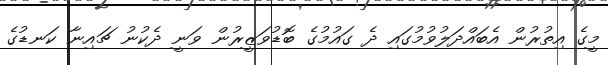
މީގެ އިތުރުން އެބައްދަލުވުމުގައި ދެ ގައުމުގެ ބޮޑުވަޒީރުން ވަނީ ދެކުނު ޗައިނާ ކަނޑުގެ